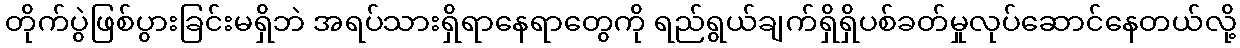
တိုက်ပွဲဖြစ်ပွားခြင်းမရှိဘဲ အရပ်သားရှိရာနေရာတွေကို ရည်ရွယ်ချက်ရှိရှိပစ်ခတ်မှုလုပ်ဆောင်နေတယ်လို့